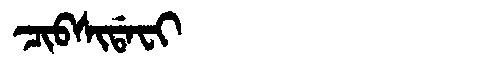
Manchu: ᠴᡳᠪᠰᡳᡩᠠᠸᡳ
Romanization: CIBSIDAFI